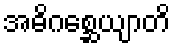
အဓိဂစ္ဆေယျာတိ